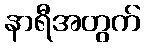
နာရီအတွက်